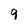
Character: 9